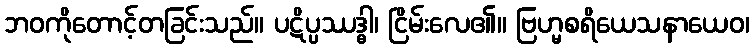
ဘဝကိုတောင့်တခြင်းသည်။ ပဋိပ္ပဿဒ္ဓါ၊ ငြိမ်းလေ၏။ ဗြဟ္မစရိယေသနာယေဝ၊